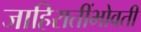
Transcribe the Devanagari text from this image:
जाहिरातींभोवती